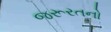
જરૂરતનો